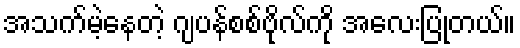
အသက်မဲ့နေတဲ့ ဂျပန်စစ်ဗိုလ်ကို အလေးပြုတယ်။